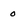
Character: O